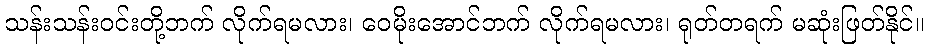
သန်းသန်းဝင်းတို့ဘက် လိုက်ရမလား၊ ဝေမိုးအောင်ဘက် လိုက်ရမလား၊ ရုတ်တရက် မဆုံးဖြတ်နိုင်။